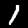
Digit: 1